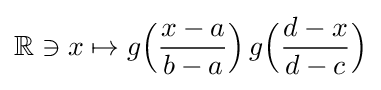
\mathbb {R} \ni x\mapsto g{\Bigl (}{\frac {x-a}{b-a}}{\Bigr )}\,g{\Bigl (}{\frac {d-x}{d-c}}{\Bigr )}